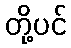
တို့ပင်